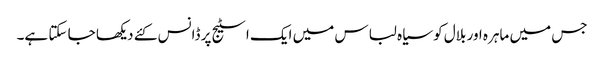
جس میں ماہرہ اور بلال کو سیاہ لباس میں ایک اسٹیج پر ڈانس کئے دیکھا جا سکتا ہے۔